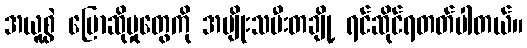
အယူစွဲ ပြောဆိုမှုတွေကို အမျိုးသမီးတချို့ ရင်ဆိုင်ရတတ်ပါတယ်။